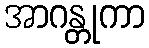
အာဂန္တုကာ